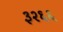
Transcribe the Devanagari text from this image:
३२६६